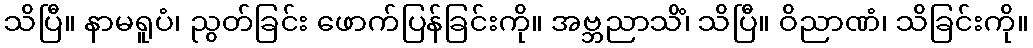
သိပြီ။ နာမရူပံ၊ ညွတ်ခြင်း ဖောက်ပြန်ခြင်းကို။ အဗ္ဘညာသိံ၊ သိပြီ။ ဝိညာဏံ၊ သိခြင်းကို။